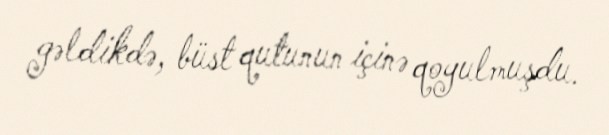
gəldikdə, büst qutunun içinə qoyulmuşdu.